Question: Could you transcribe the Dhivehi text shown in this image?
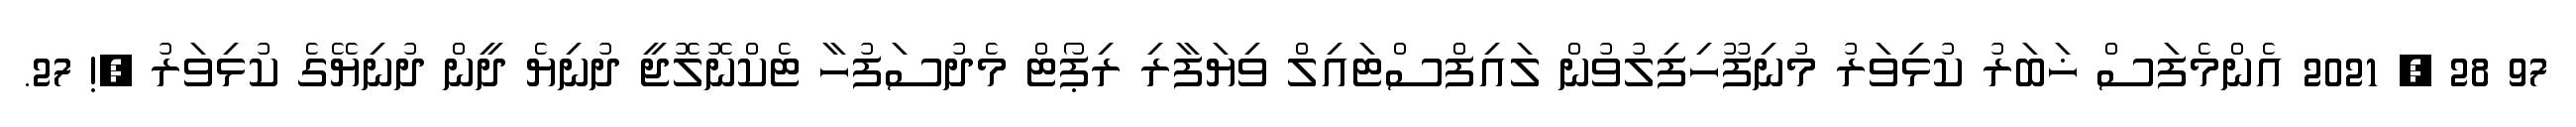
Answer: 97 28 , 2021 އެންމެފަސް ޚަބަރު ކުޅިވަރު މުނިފޫހިފިލުވުން ލައިފްސްޓައިލް ވިޔަފާރި ރިޕޯޓް މެދުސަފުހާ ޓެކްނޮލޮޖީ ދުނިޔެ ދީން ދުނިޔޭގެ ކުޅިވަރު ?! 27.